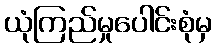
ယုံကြည်မှုပေါင်းစုံမှ